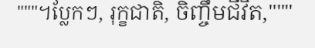
"""។ប្លែកៗ, រុក្ខជាតិ, ចិញ្ចឹមជីវិត,"""